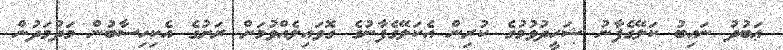
ޢަބުދު ނައިބު ކަލޭގެފާނު ޝަހީދުވުމުގެ ކުރިން އެކަލޭގެފާނުގެ ގޮވައިލެއްވުމަށް ރަށުގެ އެކިހިސާބުން މަދުމަދުން